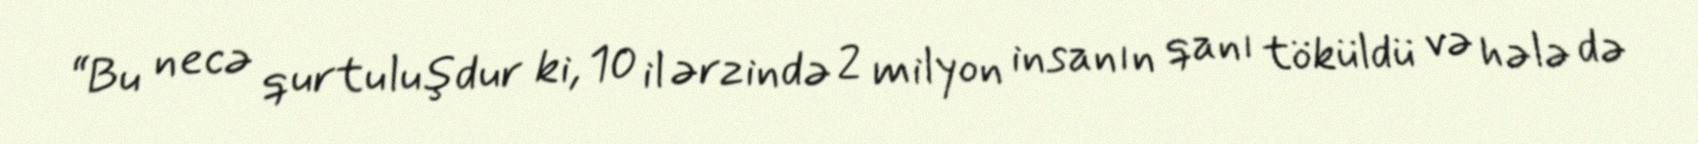
“Bu necə qurtuluşdur ki, 10 il ərzində 2 milyon insanın qanı töküldü və hələ də